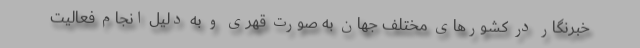
خبرنگار در کشورهای مختلف جهان به صورت قهری و به دلیل انجام فعالیت